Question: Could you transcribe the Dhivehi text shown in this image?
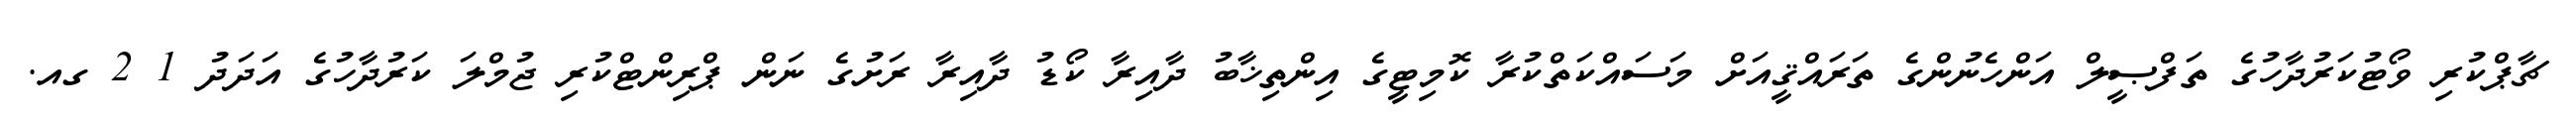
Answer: ޗާޕްކުރި ވޯޓުކަރުދާހުގެ ތަފްޞީލް އަންހެނުންގެ ތަރައްޤީއަށް މަސައްކަތްކުރާ ކޮމިޓީގެ އިންތިޚާބު ދާއިރާ ކޯޑު ދާއިރާ ރަށުގެ ނަން ޕްރިންޓްކުރި ޖުމްލަ ކަރުދާހުގެ އަދަދު 1 2 ގއ.